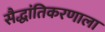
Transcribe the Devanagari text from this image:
सैद्धांतिकरणाला